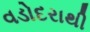
વડોદરાથી